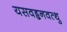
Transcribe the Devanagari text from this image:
यसवड्ढनवत्थु